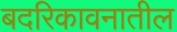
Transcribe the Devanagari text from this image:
बदरिकावनातील